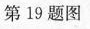
第19题图